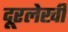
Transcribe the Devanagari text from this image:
दूरलेखी